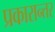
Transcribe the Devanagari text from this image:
प्रकारान्‍तर